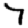
Digit: 7